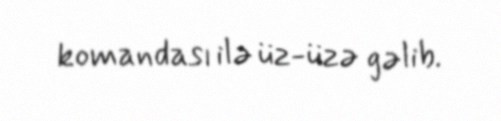
komandası ilə üz-üzə gəlib.